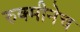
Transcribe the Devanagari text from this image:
रुक्मीनेच